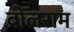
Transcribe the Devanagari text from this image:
बोलराम